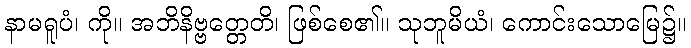
နာမရူပံ၊ ကို။ အဘိနိဗ္ဗတ္တေတိ၊ ဖြစ်စေ၏။ သုဘူမိယံ၊ ကောင်းသောမြေ၌။